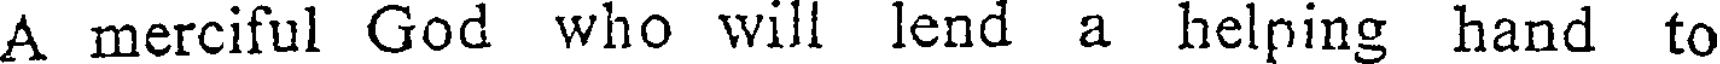
A merciful God who will lend a helping hand to